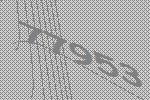
77953